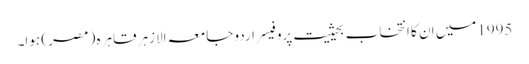
1995میں ان کا انتخاب بحیثیت پروفیسر اردو جامعہ الازہر قاہرہ ( مصر ) ہوا۔